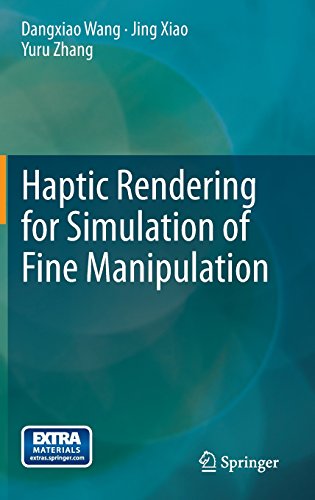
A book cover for Haptic Rendering for Simulation of Fine Manipulation; Dangxiao Wang; Computers & Technology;